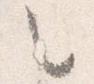
々